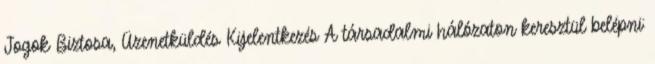
Jogok Biztosa, Üzenetküldés Kijelentkezés A társadalmi hálózaton keresztül belépni: